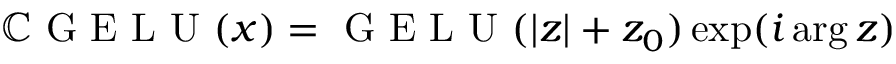
\mathbb { C } \mathrm { ~ G ~ E ~ L ~ U ~ } ( x ) = \mathrm { ~ G ~ E ~ L ~ U ~ } ( | z | + z _ { 0 } ) \exp ( i \arg { z } )